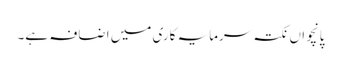
پانچواں نکتہ سرمایہ کاری میں اضافہ ہے۔